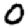
Digit: 0